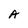
Character: A